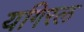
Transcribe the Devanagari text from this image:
यगिरल